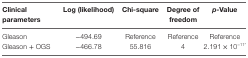
<table><thead><tr><td><b>Clinical parameters</b></td><td><b>Log (likelihood)</b></td><td><b>Chi-square</b></td><td><b>Degree of freedom</b></td><td><b><i>p-</i>Value</b></td></tr></thead><tbody><tr><td>Gleason</td><td>−494.69</td><td>Reference</td><td>Reference</td><td>Reference</td></tr><tr><td>Gleason + OGS</td><td>−466.78</td><td>55.816</td><td>4</td><td>2.191 × 10<sup>−11</sup>*</td></tr></tbody></table>